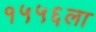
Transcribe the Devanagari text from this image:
१५५६ला